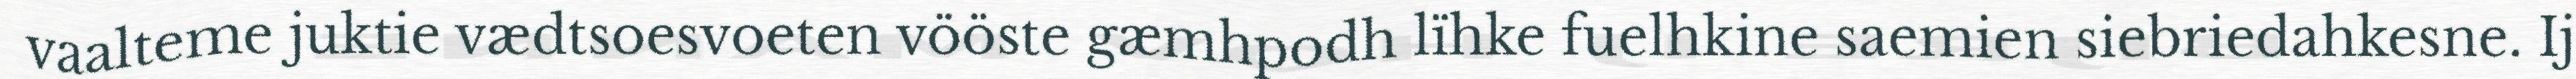
vaalteme juktie vædtsoesvoeten vööste gæmhpodh lïhke fuelhkine saemien siebriedahkesne. Ij